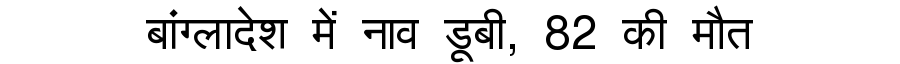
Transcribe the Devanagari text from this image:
बांग्लादेश में नाव डूबी, 82 की मौत